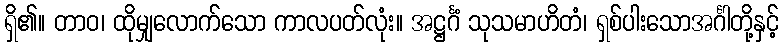
ရှိ၏။ တာဝ၊ ထိုမျှလောက်သော ကာလပတ်လုံး။ အဋ္ဌင်္ဂံ သုသမာဟိတံ၊ ရှစ်ပါးသောအင်္ဂါတို့နှင့်